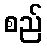
စည်